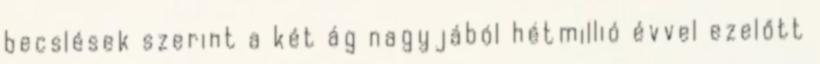
becslések szerint a két ág nagyjából hétmillió évvel ezelőtt